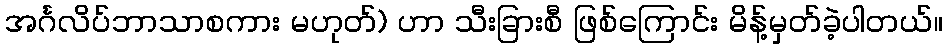
အင်္ဂလိပ်ဘာသာစကား မဟုတ်) ဟာ သီးခြားစီ ဖြစ်ကြောင်း မိန့်မှတ်ခဲ့ပါတယ်။